Proceedings of the meeting of veterinary officers in India
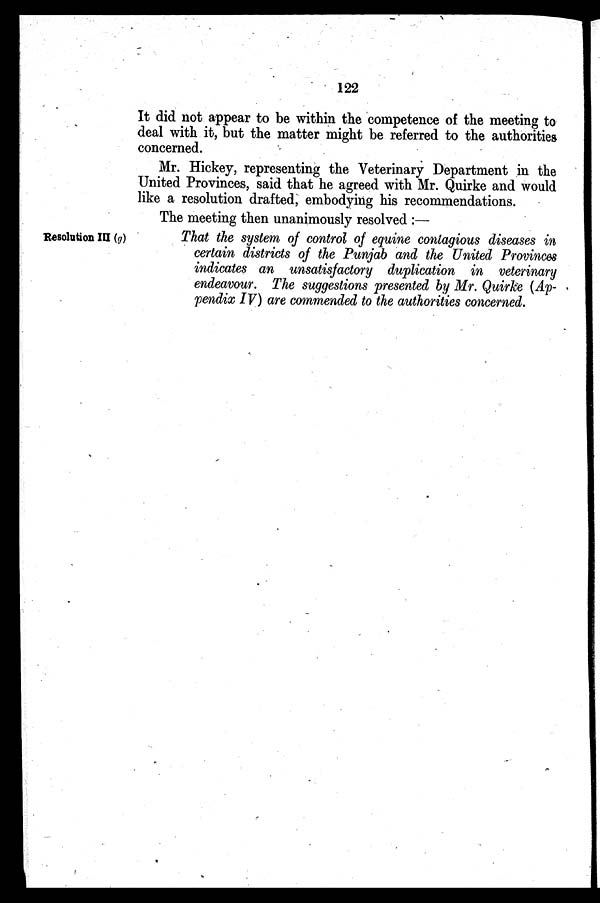
122
It did not appear to be within the competence of the meeting to
deal with it, but the matter might be referred to the authorities
concerned.
Mr. Hickey, representing the Veterinary Department in the
United Provinces, said that he agreed with Mr. Quirke and would
like a resolution drafted, embodying his recommendations.
The meeting then unanimously resolved :—
Resolution III (g)
That the system of control of equine contagious diseases in
certain districts of the Punjab and the United Provinces
indicates an unsatisfactory duplication in veterinary
endeavour. The suggestions presented by Mr. Quirke (Ap-
pendix IV) are commended to the authorities concerned.